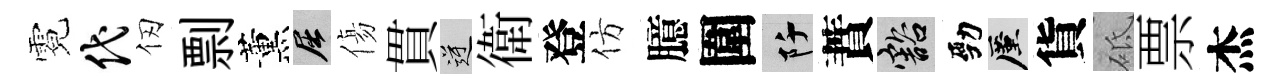
霓代仞剽薰屈傷貫逆衛登仿臆圍阡蕡豁勁厪貨砥票杰